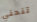
تنحني